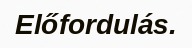
Előfordulás.